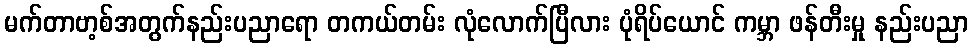
မက်တာဗာ့စ်အတွက်နည်းပညာရော တကယ်တမ်း လုံလောက်ပြီလား ပုံရိပ်ယောင် ကမ္ဘာ ဖန်တီးမှု နည်းပညာ